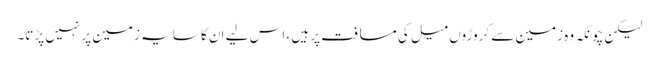
لیکن چونکہ وہ زمین سے کروڑوں میل کی مسافت پر ہیں ، اس لیے ان کا سایہ زمین پر نہیں پڑتا۔